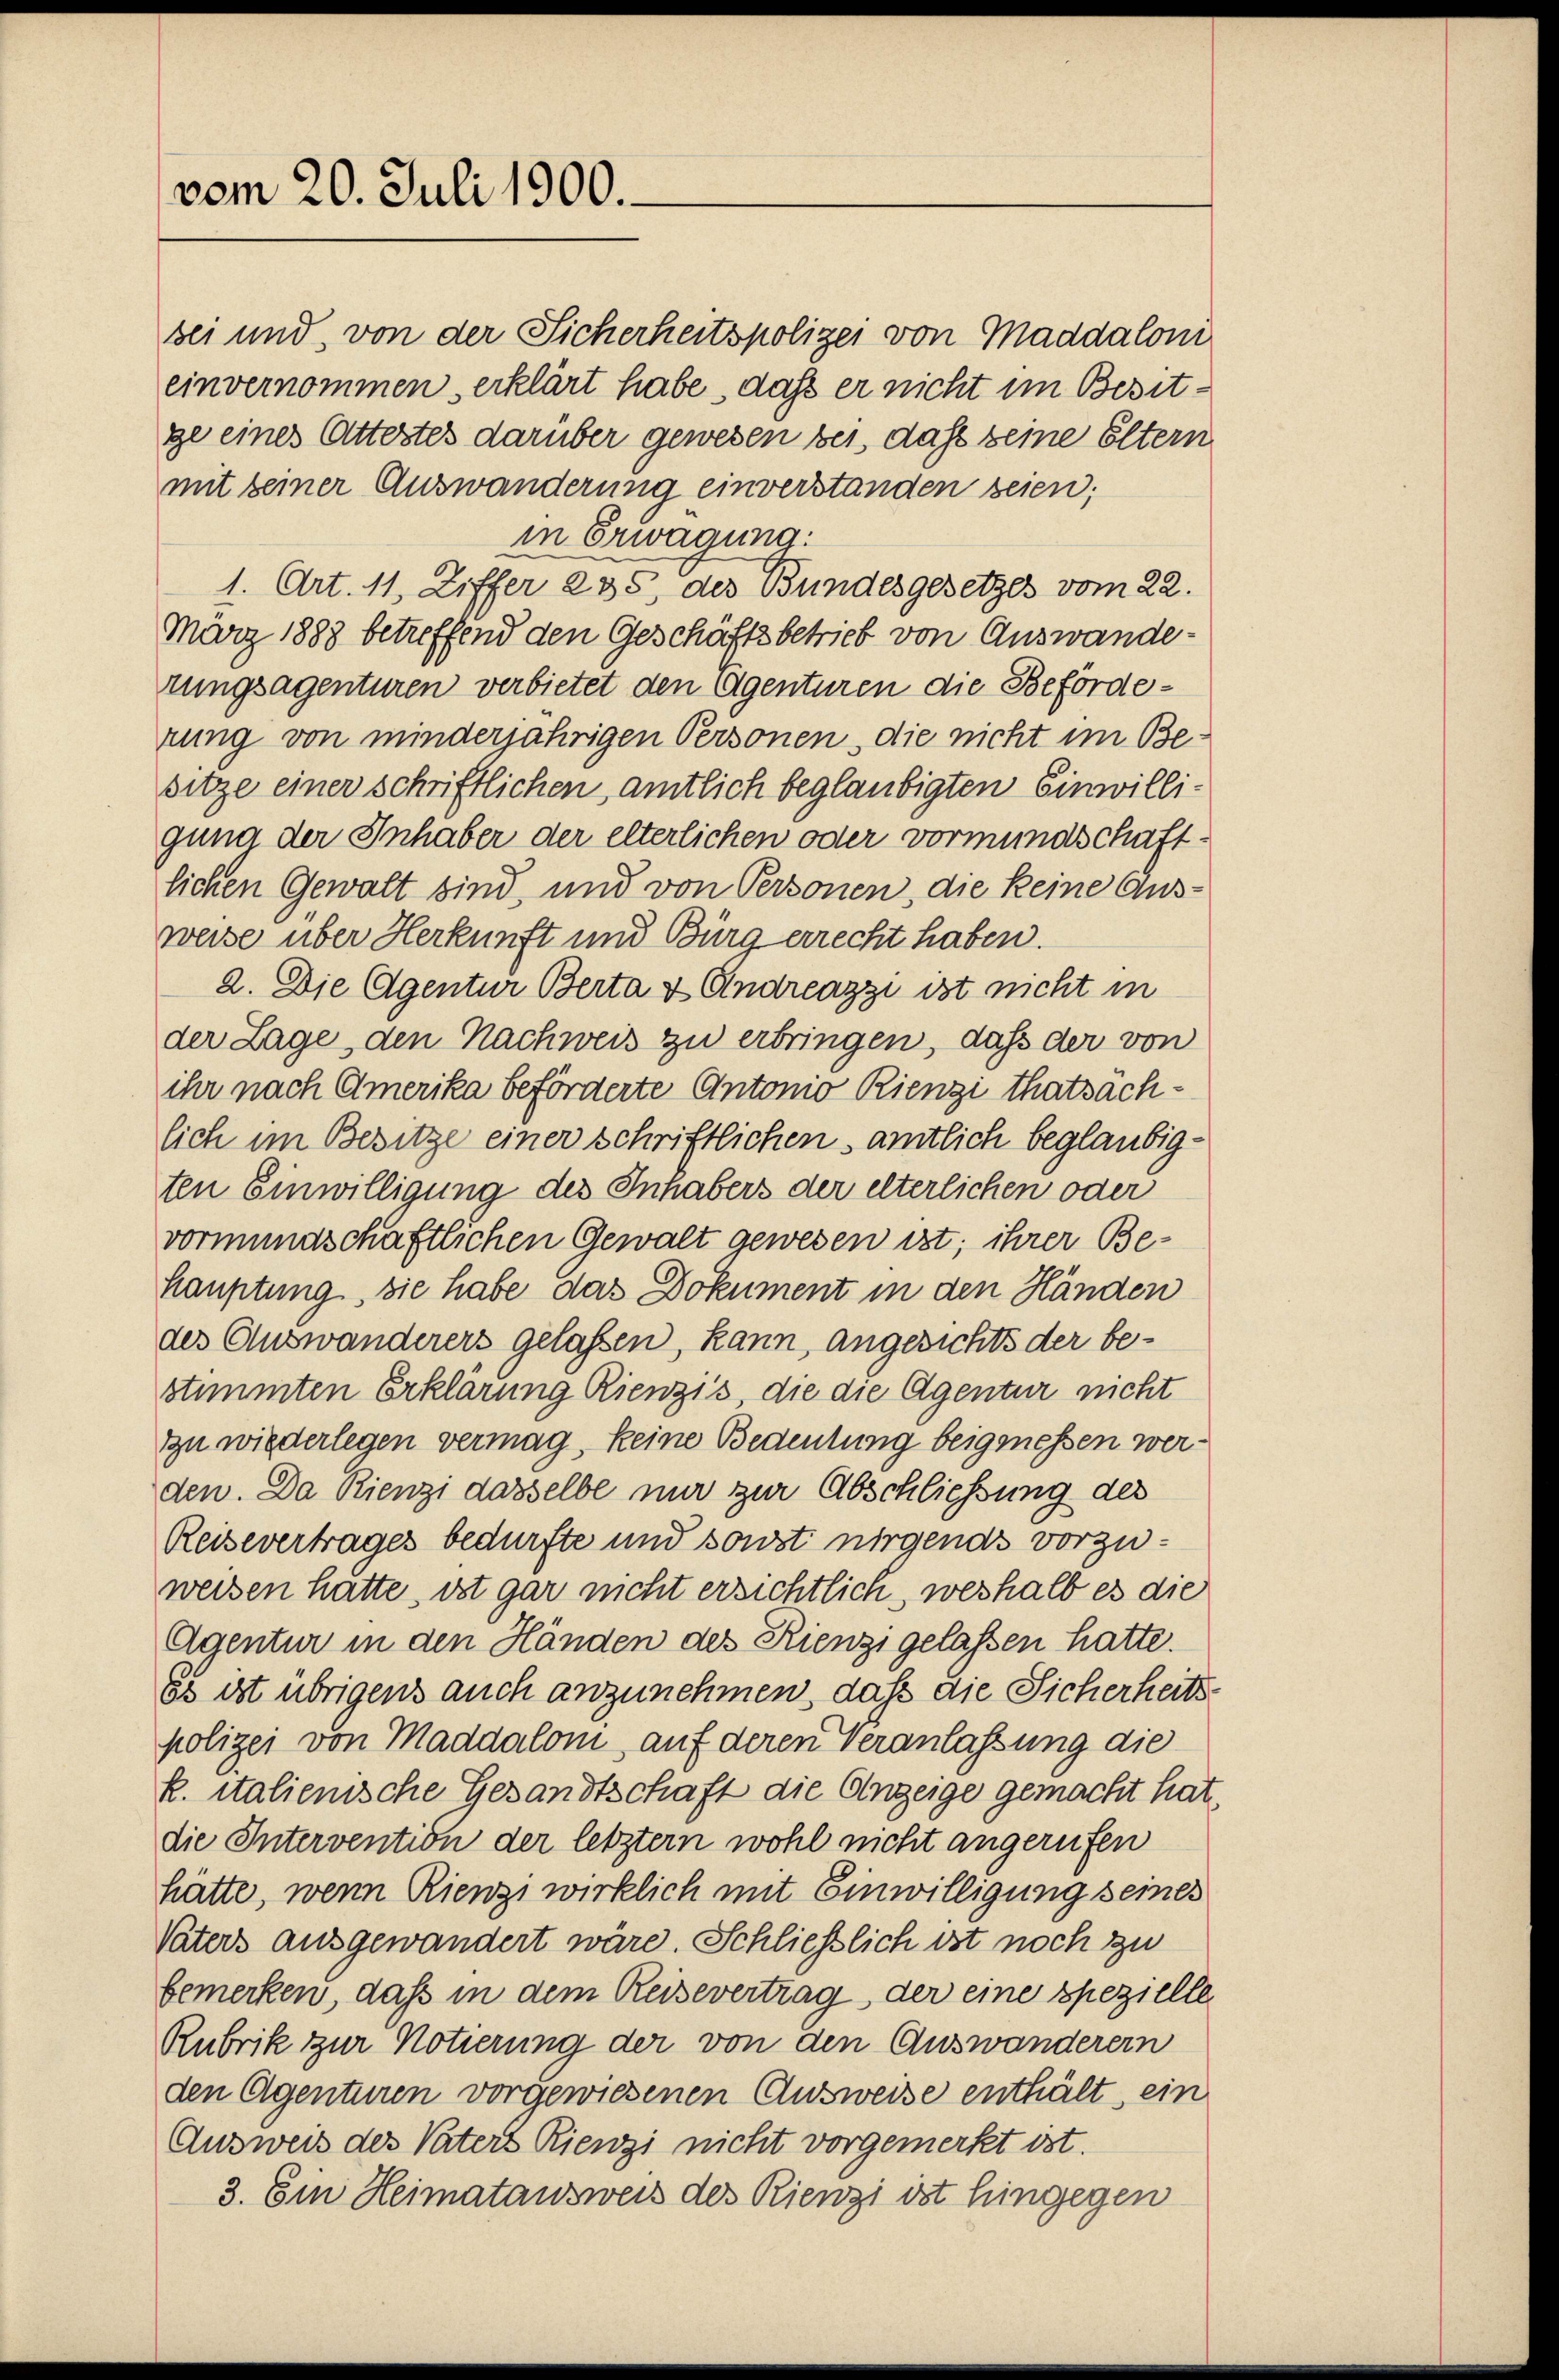
vom 20. Juli 1900.

bei und, von der Sicherheitspolizei von Maddaloni
einvernommen, erklärt habe, daß er nicht im Besitge eines Attestes darüber gewesen bei, dass seine Eltern
mit seiner Auswanderung einverstanden seien;
in Erwägung:
1. Art. 11, Ziffer 235, des Bundesgesetzes vom 22.
März 1883 betreffend den Geschäftsbetrieb von Auswanderungsagenturen verbietet den Agenturen die Beförderung von minderjährigen Personen, die nicht im Besitze einer schriftlichen, amtlich beglaubigten Einwilliguna der Inhaber der elterlichen oder vormundschaftlichen Gewalt sind, und von Personen, die keine Aus-
weise über Herkunft und Burg errecht haben.
2. Die Agentur Berta & Andreazzi ist nicht in
der Lage, den Nachweis zu erbringen, daß der von
ihr nach Amerika beförderte Antonio Rienzi thatsachlich im Besitze einer schriftlichen amtlich beglaubigten Einwilligung des Inhabers der elterlichen oder
vormundschaftlichen Gewalt gewesen ist; ihrer Be¬
Hauptung, sie habe das Dokument in den Händen
des Auswanderers gelassen, kann, angesichts der bestimmten Erklärung Rienzis, die die Agentur nicht
zu wiederlegen vermag, keine Bedeutung beigenessen werden. Da Rienzi dasselbe nur zur Abschliessung des
Reisevertrages bedürfte und sonst nirgends vorzuweisen hatte, ist gar nicht ersichtlich, weshalb es die
Agentur in den Händen des Rienzi gelassen hatte.
Es ist übrigens auch anzunehmen, daß die Sicherheitspolizei von Maddaloni auf deren Veranlassung die
k. italienische Gesandtschaft die Anzeige gemacht hat.
die Intervention der letztem wohl nicht angerufen
hätte, wenn Rienzi wirklich mit Einwilligung seines
Vaters ausgewandert wäre. Schließlich ist noch zu
bemerken, daß in dem Reisevertrag der eine spezielle
Rubrik zur Notierung der von den Auswanderein
den Agenturen vorgewiesenen Ausweise enthält, ein
Ausweis des Vaters Rienzi nicht vorgemerkt ist.
3. Ein Heimatausweis des Rienzi ist hingegen